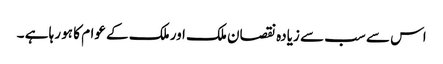
اس سے سب سے زیادہ نقصان ملک اور ملک کے عوام کا ہو رہا ہے ۔